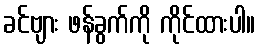
ခင်ဗျား ဖန်ခွက်ကို ကိုင်ထားပါ။